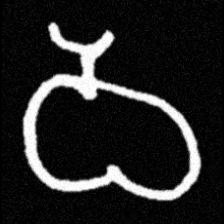
Pyu character \u2014 Myanmar letter: ဝ (romanized: wa)